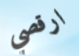
ارقصي